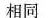
相同